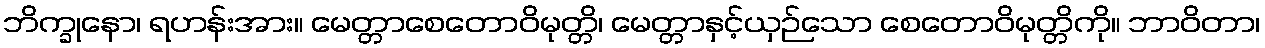
ဘိက္ခုနော၊ ရဟန်းအား။ မေတ္တာစေတောဝိမုတ္တိ၊ မေတ္တာနှင့်ယှဉ်သော စေတောဝိမုတ္တိကို။ ဘာဝိတာ၊